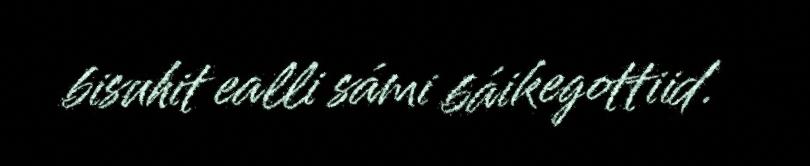
bisuhit ealli sámi báikegottiid.